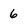
Character: 6